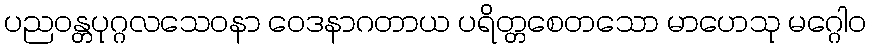
ပညဝန္တပုဂ္ဂလသေဝနာ ဝေဒနာဂတာယ ပရိတ္တစေတသော မာဟေသု မဂ္ဂေါဝ